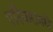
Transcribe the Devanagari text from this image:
परिवारामधे